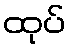
ထုပ်